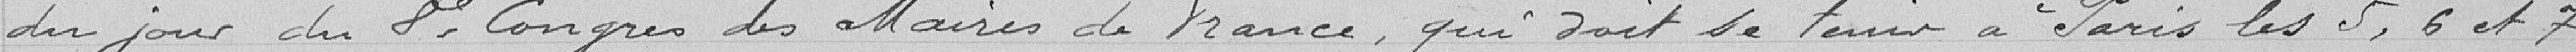
du jour du 8e Congrès des Maires de France, qui doit se tenir à Paris les 5, 6 et  7